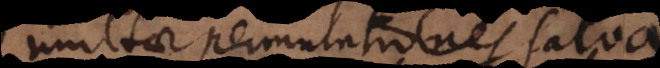
multae permutationes sa